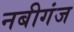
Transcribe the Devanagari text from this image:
नबीगंज